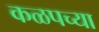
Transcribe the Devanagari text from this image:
कळपच्या